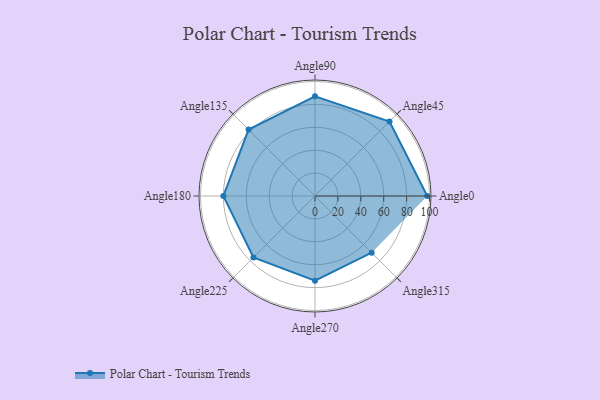
{"axis": {"x": "Angle", "y": "Radius"}, "legend": [""], "data": [{"x": "Angle0", "y": 98.0, "type": ""}, {"x": "Angle45", "y": 92.0, "type": ""}, {"x": "Angle90", "y": 87.0, "type": ""}, {"x": "Angle135", "y": 82.0, "type": ""}, {"x": "Angle180", "y": 80.0, "type": ""}, {"x": "Angle225", "y": 76.0, "type": ""}, {"x": "Angle270", "y": 74.0, "type": ""}, {"x": "Angle315", "y": 70.0, "type": ""}]}